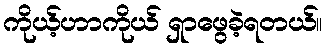
ကိုယ့်ဟာကိုယ် ရှာဖွေခဲ့ရတယ်။